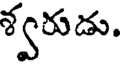
శ్వరుడు.